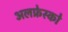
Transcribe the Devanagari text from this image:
अलफ्रेस्को